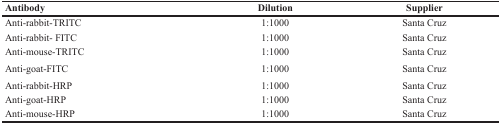
<table><thead><tr><td><b>Antibody</b></td><td><b>Dilution</b></td><td><b>Supplier</b></td></tr></thead><tbody><tr><td>Anti-rabbit-TRITC</td><td>1:1000</td><td>Santa Cruz</td></tr><tr><td>Anti-rabbit- FITC</td><td>1:1000</td><td>Santa Cruz</td></tr><tr><td>Anti-mouse-TRITC</td><td>1:1000</td><td>Santa Cruz</td></tr><tr><td>Anti-goat-FITC</td><td>1:1000</td><td>Santa Cruz</td></tr><tr><td>Anti-rabbit-HRP</td><td>1:1000</td><td>Santa Cruz</td></tr><tr><td>Anti-goat-HRP</td><td>1:1000</td><td>Santa Cruz</td></tr><tr><td>Anti-mouse-HRP</td><td>1:1000</td><td>Santa Cruz</td></tr></tbody></table>